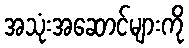
အသုံးအဆောင်များကို